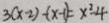
3 ( x - 2 ) - ( x - 1 ) = x ^ { 2 } - 4